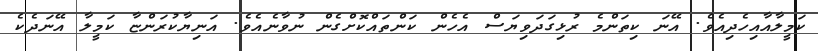
ކަމީލާއާއިހެދިއެވެ. އޭނަ ކިތަންމެ ރުޅިގަދަވިޔަސް އެހެން ކަންތައްކޮށްގެން ނުވާނެއެވެ. އަނިޔާކުރަންޏާ ކަމީލާ އޭނަދެކެ